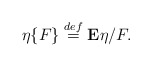
\begin{align*} \eta\{F\} \stackrel{def}{=} {\bf E}\eta/F.\end{align*}